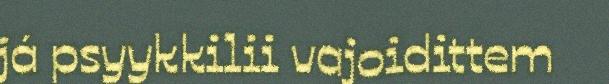
já psyykkilii vajoidittem